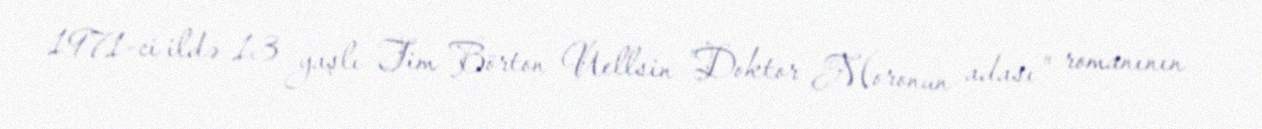
1971-ci ildə 13 yaşlı Tim Börton Uellsin "Doktor Moronun adası" romanının